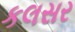
કલસર